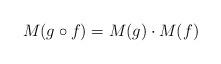
LaTeX: \begin{align*}M(g \circ f) = M(g) \cdot M(f)\end{align*}